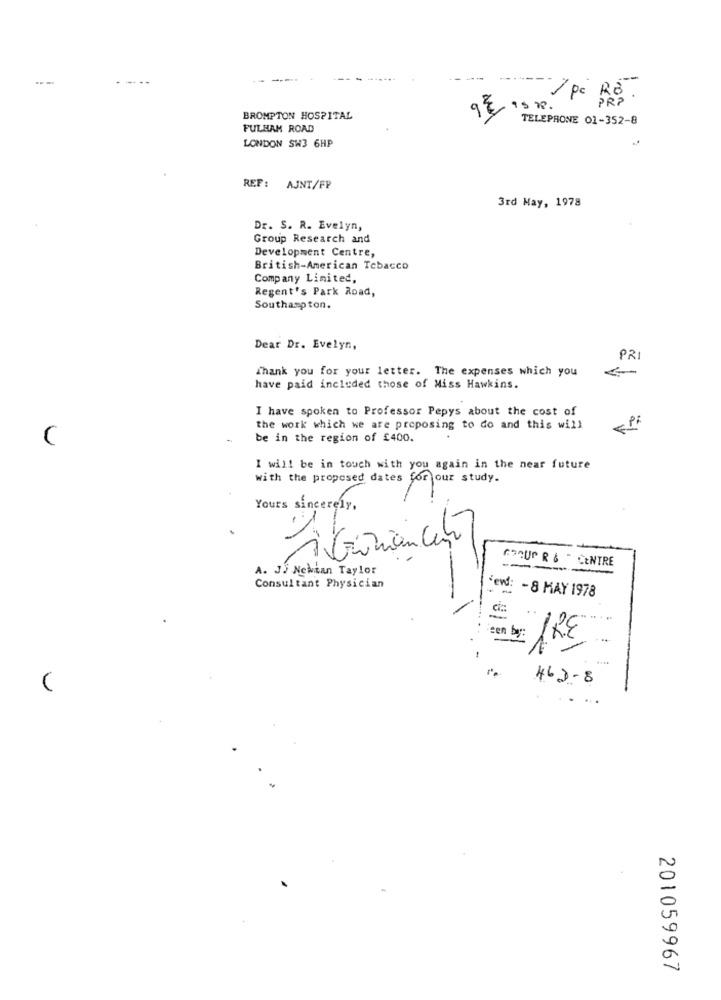
pc RB .
PRP
9€
IS R .
BROMPTON HOSPITAL
TELEPRONE 01-352-8
FULHAM ROAD
LONDON SW3 6HP
REF: AJNT/FP
3rd May, 1978
Dr. S. R. Evelyn,
Group Research and
Development Centre,
British-American Tobacco
Company Limited,
Regent's Park Road,
Southampton.
Dear Dr. Evelyn,
PRI
Thank you for your letter. The expenses which you
have paid included those of Miss Hawkins.
I have spoken to Professor Pepys about the cost of
- Pi
the work which we are proposing to do and this will
C
be in the region of £400.
I will be in touch with you again in the near future
with the proposed dates for our study.
Yours sincerely .
GROUP R & " CENTRE
A. JJ Newman Taylor
----
Consultant Physician
dend: - 8 MAY 1978
-
en by: TRE
462-8
.. ...
201059967